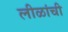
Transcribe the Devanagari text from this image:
लीळांची